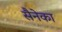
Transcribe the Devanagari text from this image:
सैनेका